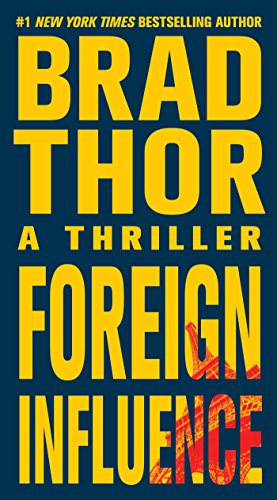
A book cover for Foreign Influence: A Thriller (The Scot Harvath Series); Brad Thor; Literature & Fiction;